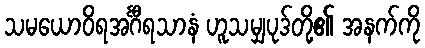
သမယောဝိရအင်္ဂီရသာနံ ဟူသမျှပုဒ်တို့၏ အနက်ကို